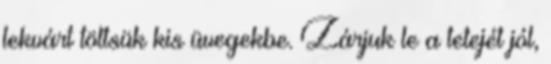
lekvárt töltsük kis üvegekbe. Zárjuk le a tetejét jól,